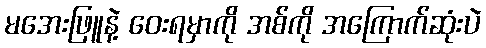
မအေးဖြူနဲ့ ဝေးရမှာကို အစ်ကို အကြောက်ဆုံးပဲ